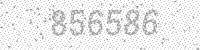
Solution: 856586